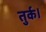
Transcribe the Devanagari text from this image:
तुर्क।